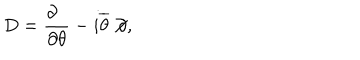
D = \frac { \partial \phantom { a } } { \partial \theta } - i \overline { { \theta } } \not \! \partial ,